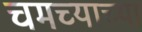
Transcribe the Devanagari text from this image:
चमच्याच्या